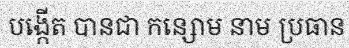
បង្កើត បានជា កន្សោម នាម ប្រធាន